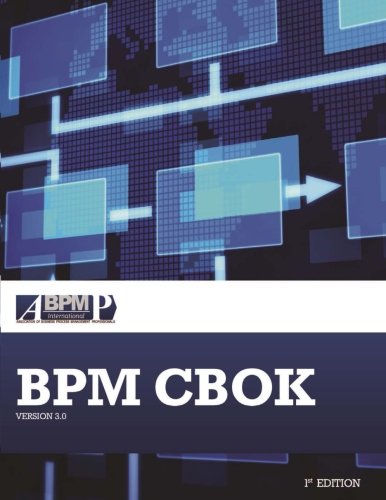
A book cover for BPM CBOK Version 3.0: Guide to the Business Process Management Common Body Of Knowledge; Tony Benedict; Science & Math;